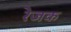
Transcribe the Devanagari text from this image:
रेजक